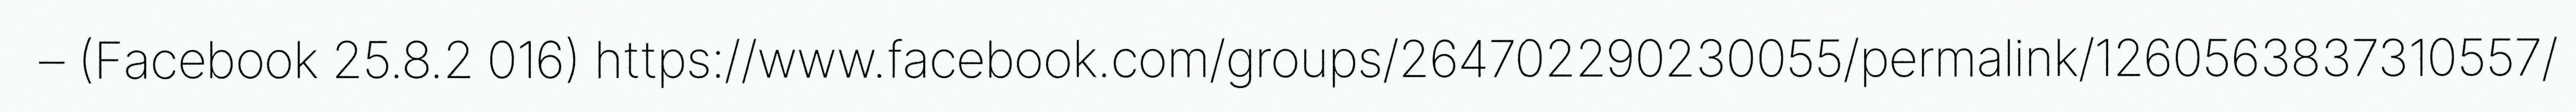
– (Facebook 25.8.2 016) https://www.facebook.com/groups/264702290230055/permalink/1260563837310557/